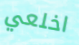
اخلعي